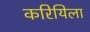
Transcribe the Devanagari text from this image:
करियिला